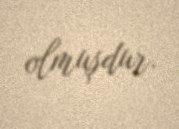
olmuşdur.